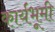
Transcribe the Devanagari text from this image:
कार्यभूमी